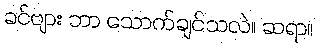
ခင်ဗျား ဘာ သောက်ချင်သလဲ။ ဆရာ။